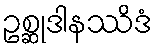
ဥစ္ဆုဒါနဿိဒံ